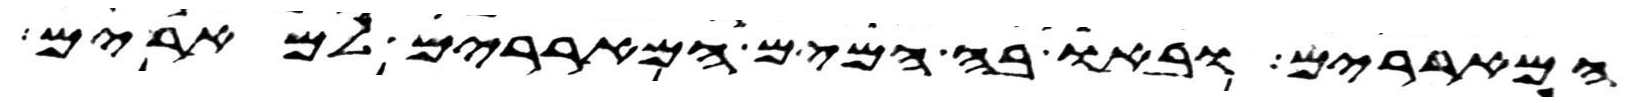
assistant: המאררים ובאו בה המים המאררים למרים